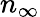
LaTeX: n_{\infty}